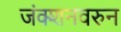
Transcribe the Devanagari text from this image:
जंक्शनवरुन